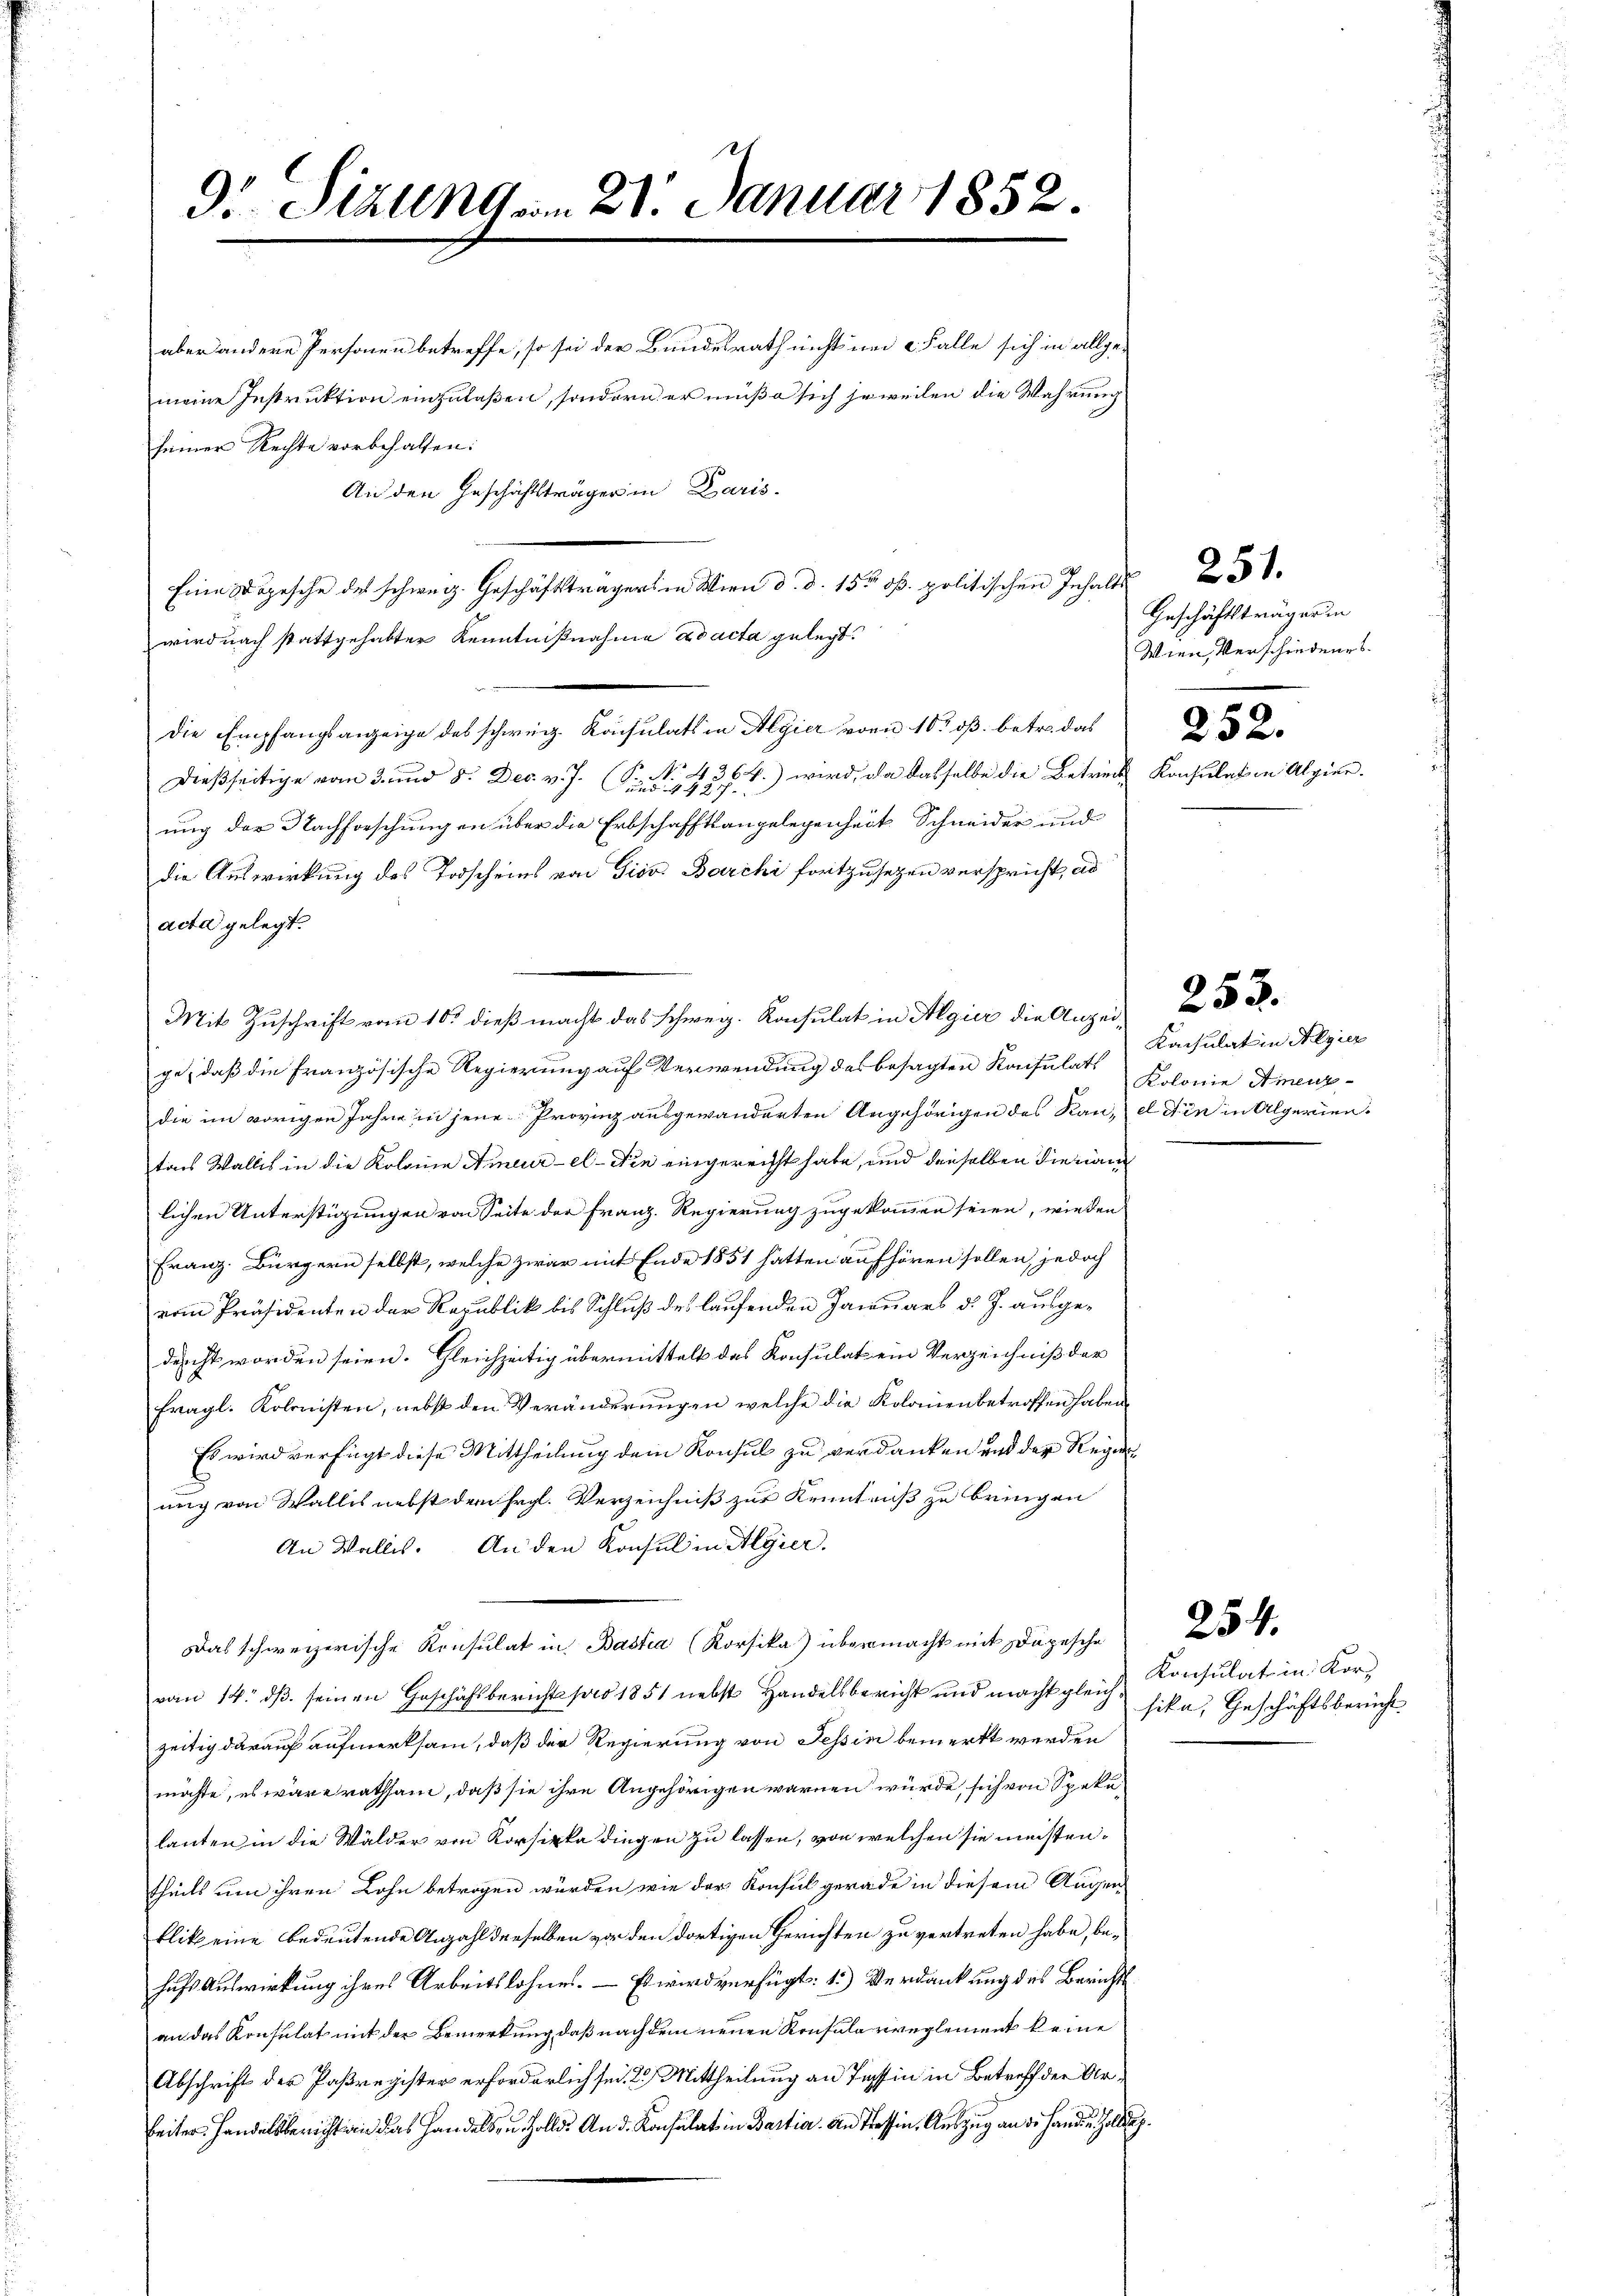
9.- Sizung am 21. Januar 1852.

aber andere Personen betreffe, so sei der Bundesrath nicht im Falle sich in allge-
meine Instruktion einzulaßen, sondern er müße sich jeweilen die Wahrung
seiner Rechte vorbehalten:
Eine Dopische des schweiz. Geschäftsträgers in Wien d. d. 15. dß. politischen Inhalts
wird nach stattgehabter Kenntnißnahme ad acta gelegt.
die Empfangsanzeige des schweiz. Konsulats in Algier von 10. ß. betr. das
dießseitige vom 3. und 8. Dec. v. J. S. 4384) wird, da dasselbe die Betreit Konsulat in Algier.
ung der Nachforschungen über die Erbschafftsangelegenheit Schneider und
die Auswirkung des Todscheins von Tiso Barchi fortzusetzen verspricht, es
acta gelegt.
Mit Zuschrift vom 10t dieß macht das Schweiz. Konsulat in Algier die Anzeige, daß die Französische Regierung auf Verwendung des besagten Konsulats
die im vorigen Jahre in jene Provinz ausgewanderten Angehörigen des Rau, et die in Algerientons Wallis in die Kolona Ameurel - Die eingereicht habe, und dieselben die näm
lichen Unterstigungen von Seite der Franz. Regierung zugekommen seien, wieden
Franz. Bürgern selbst, welche zwar mit Ende 1851 hatten aufhören sollen, jedoch
vom Präsidenten der Republik bis Schluß des laufenden Januars d. J. ausgedurcht worden seien. Gleichzeitig übermittelt das Konsulat ein Verzeichniß der
72
fragl. Kolonisten, nebst den Veränderungen welche die Kolonienbetroffen haben
Es wird verfügt diese Mittheilung dem Konsul zu verdanken und der Regier
ung von Wallis nebst dem hrgl. Verzeichniß zur Kenntnuß zu bringen
An Wallis. An den Konsul in Algier.
Das schweizerische Konsulat in Bastia (Korfika) übermacht mit Depesche
vom 14. dβ. seinen Geschäftsbericht pro 1851 nebst Handelsbericht und macht gleich
zeitig darauf aufmerksam, daß der Regierung von Tessin bemerkt werden
möchte, es wäre rathsam, daß sie ihre Angehörigen waren würde, sich von Spekulauten in die Wälder von Korsipka dingen zu lassen, von welchen sie meistentheils um ihren Lohn betrogen würden, wie der Konsul gerade in diesem Augen-
blik eine bedeutende Anzahl derselben vor den dortigen Gerichten zu vertreten habe, behufs Auswirkung ihres Arbeitslohnes. — Es wird verfügt: 1.) Verdankung des Berichts
an das Konsulat mit der Bemerkung, daß nachdem neuen Konsula vreglement keine
Abschrift der Paßregister erforderlich sei. 2. Mittheilung an Tessin in Betreff der Arbeiter Handelsbericht an das Handels, u. Zollis And. Konsulat in Bartia. An Tessin, Auszug an die Hand u. Galle

An den Geschäftsträger in Paris.

251.
Geschäftsträger in
Wien Verschiedenes.

Kacsulat in Algier
Kolonie Amenz-

253.

Konsulat in Kor-
sika, Geschäftsbericht

254.